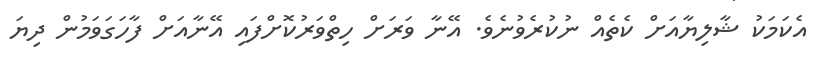
އެކަމަކު ޝާލިޔާއަށް ކެތެއް ނުކުރެވުނެވެ. އޭނާ ވަރަށް ހިތްވަރުކޮށްފައި އޭނާއަށް ފާހަގަވަމުން ދިޔަ